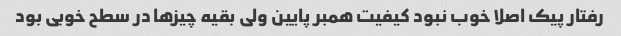
رفتار پیک اصلا خوب نبود کیفیت همبر پایین ولی بقیه چیزها در سطح خوبی بود